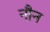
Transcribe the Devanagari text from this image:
नौन